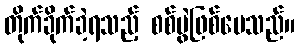
တိုက်ခိုက်ခဲ့ရသည့် စစ်ပွဲဖြစ်ပေသည်။